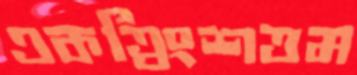
একত্রিংশত্তম